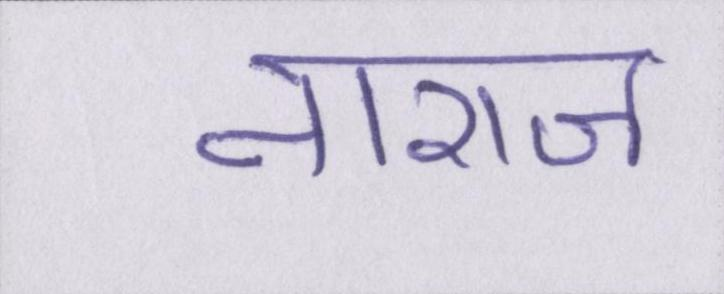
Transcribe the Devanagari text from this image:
नाराज़